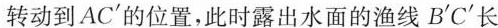
转动到AC'的位置，此时露出水面的渔线B'C'长